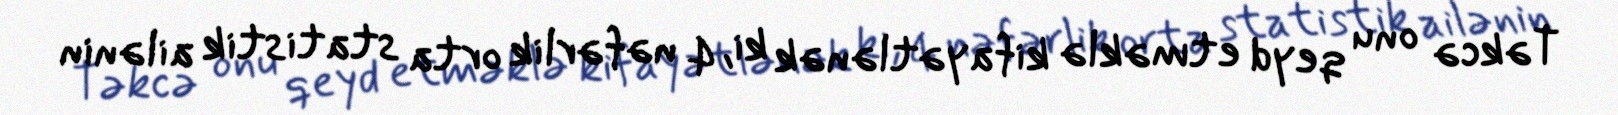
Təkcə onu qeyd etməklə kifayətlənək ki, 4 nəfərlik orta statistik ailənin